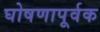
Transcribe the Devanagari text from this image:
घोषणापूर्वक